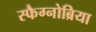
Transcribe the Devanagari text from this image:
स्फैग्नोब्रिया